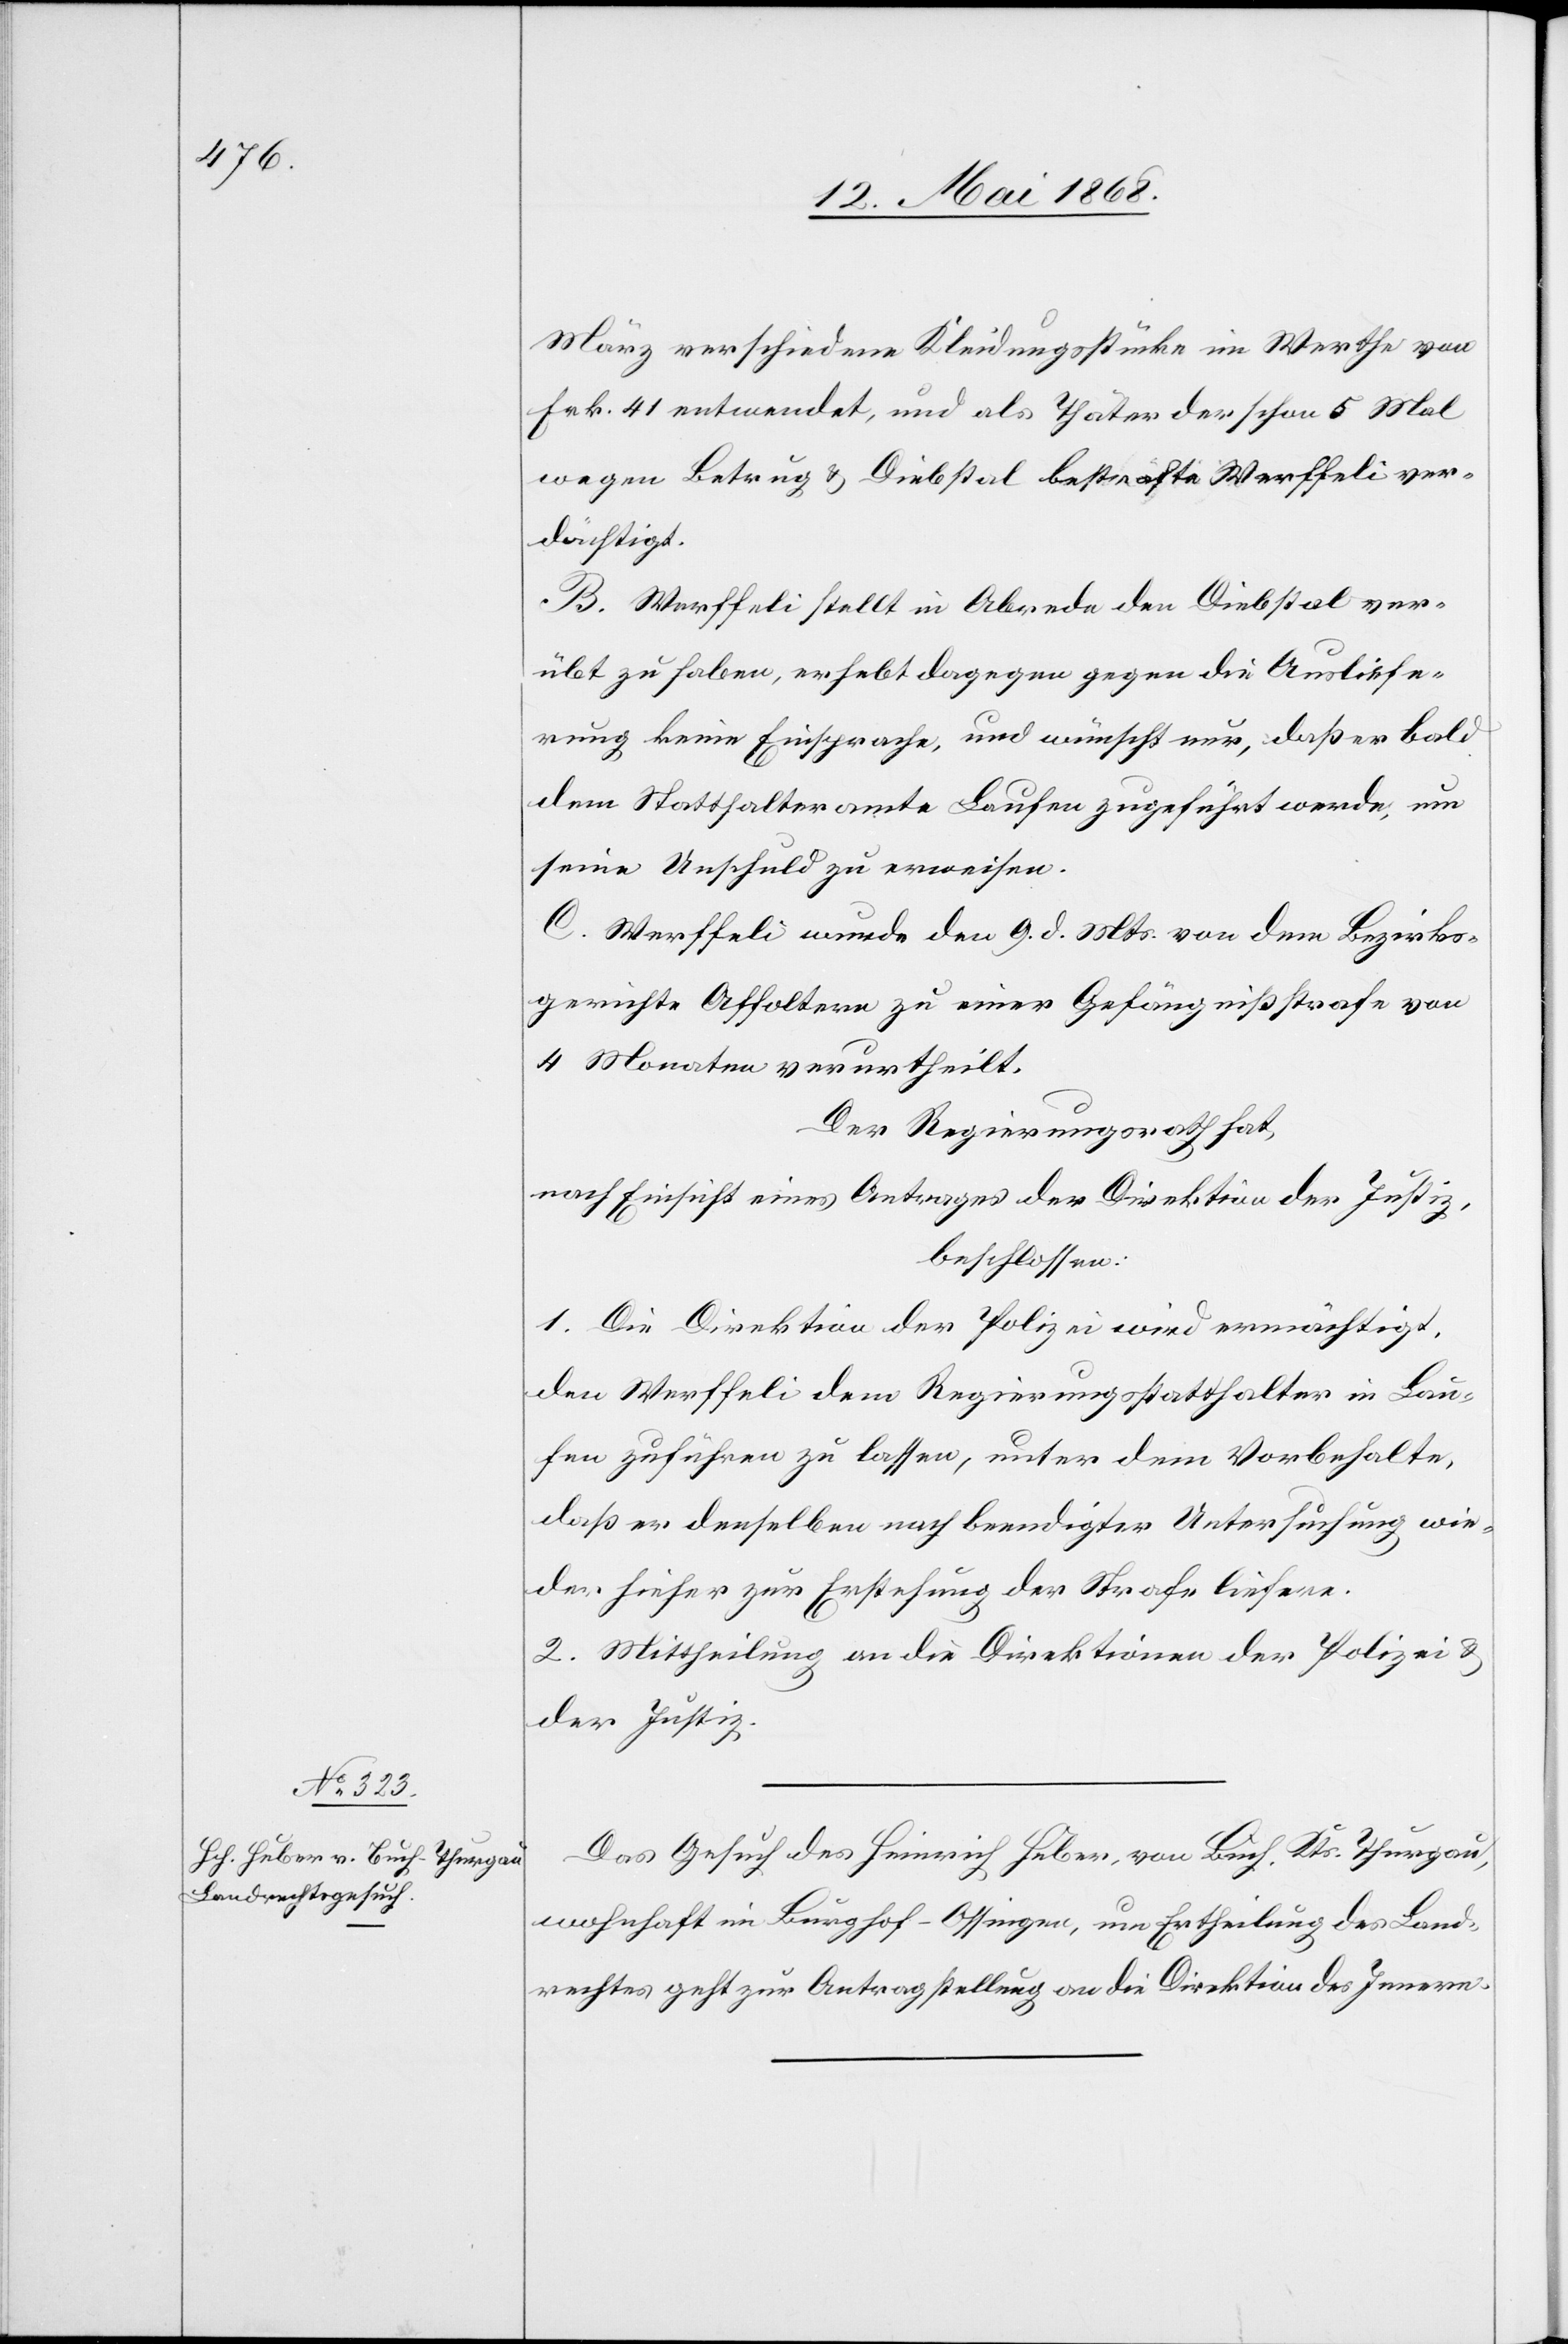
12. Mai 1868.]
März verschiedene Kleidungsstücke im Werthe von
Frk. 41 entwendet, und als Thäter der schon 5 Mal
wegen Betrug & Diebstal bestrafte Werffeli ver¬
dächtigt.
B. Werffeli stellt in Abrede den Diebstal ver¬
übt zu haben, erhebt dagegen gegen die Ausliefe¬
rung keine Einsprache, und wünscht nur, daß er bald
dem Statthalteramte Laufen zugeführt werde, um
seine Unschuld zu erweisen.
C. Werffeli wurde den 9. d. Mts. von dem Bezirks¬
gerichte Affoltern zu einer Gefängnißstrafe von
4 Monaten verurtheilt.
Der Regierungsrath hat,
nach Einsicht eines Antrages der Direktion der Justiz,
beschlossen:
1. Die Direktion der Polizei wird ermächtigt,
den Werffeli dem Regierungsstatthalter in Lau¬
fen zuführen zu lassen, unter dem Vorbehalte,
daß er denselben nach beendigter Untersuchung wie¬
der hieher zur Erstehung der Strafe liefere.
2. Mittheilung an die Direktionen der Polizei &
der Justiz.
Das Gesuch des Heinrich Huber, von Buch, Kts. Thurgau,
wohnhaft im Burghof-Ossingen, um Ertheilung des Land¬
rechtes geht zur Antragstellung an die Direktion des Innern.